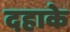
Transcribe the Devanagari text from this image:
दहाके